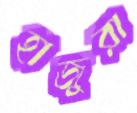
হাজুরা